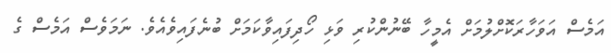
އަމެސް އަވަހާރަކޮށްލުމަށް އެމީހާ ބޭނުންކުރި ވަޅި ހޯދިފައިވާކަމަށް ބުނެފައިވެއެވެ. ނަމަވެސް އަމެސް ގެ